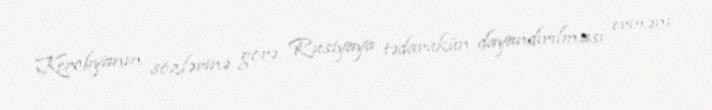
Kerobyanın sözlərinə görə, Rusiyaya tədarükün dayandırılması erməni